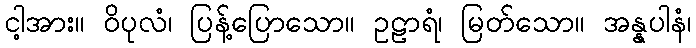
ငါ့အား။ ဝိပုလံ၊ ပြန့်ပြောသော။ ဥဠာရံ၊ မြတ်သော။ အန္နပါနံ၊